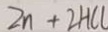
Z n + 2 H C l